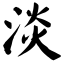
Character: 淡